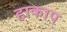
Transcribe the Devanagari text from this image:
हाकाप